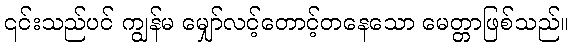
၎င်းသည်ပင် ကျွန်မ မျှော်လင့်တောင့်တနေသော မေတ္တာဖြစ်သည်။